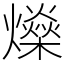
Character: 𤒇